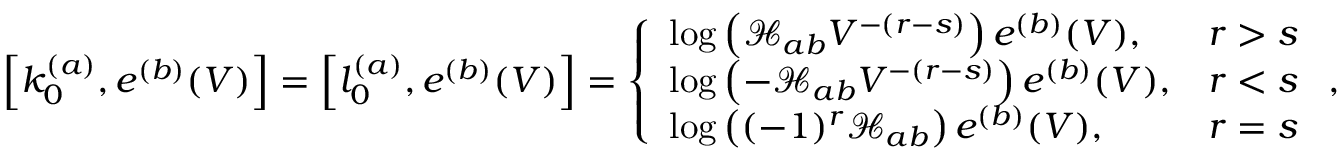
\left[ k _ { 0 } ^ { ( a ) } , e ^ { ( b ) } ( V ) \right] = \left[ l _ { 0 } ^ { ( a ) } , e ^ { ( b ) } ( V ) \right] = \left\{ \begin{array} { l l } { \log \left( \mathcal { H } _ { a b } V ^ { - ( r - s ) } \right) e ^ { ( b ) } ( V ) , } & { r > s } \\ { \log \left( - \mathcal { H } _ { a b } V ^ { - ( r - s ) } \right) e ^ { ( b ) } ( V ) , } & { r < s } \\ { \log \left( ( - 1 ) ^ { r } \mathcal { H } _ { a b } \right) e ^ { ( b ) } ( V ) , } & { r = s } \end{array} \right. ,